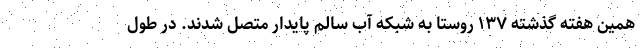
همین هفته گذشته ۱۳۷ روستا به شبکه آب سالم پایدار متصل شدند. در طول